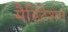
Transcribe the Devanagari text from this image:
मैडिटेशन